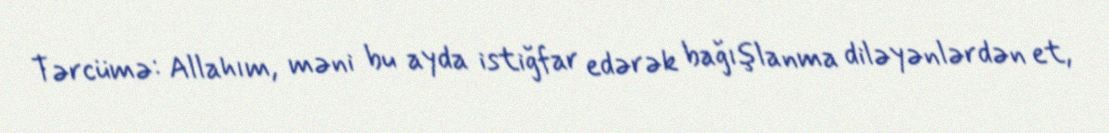
Tərcümə: Allahım, məni bu ayda istiğfar edərək bağışlanma diləyənlərdən et,